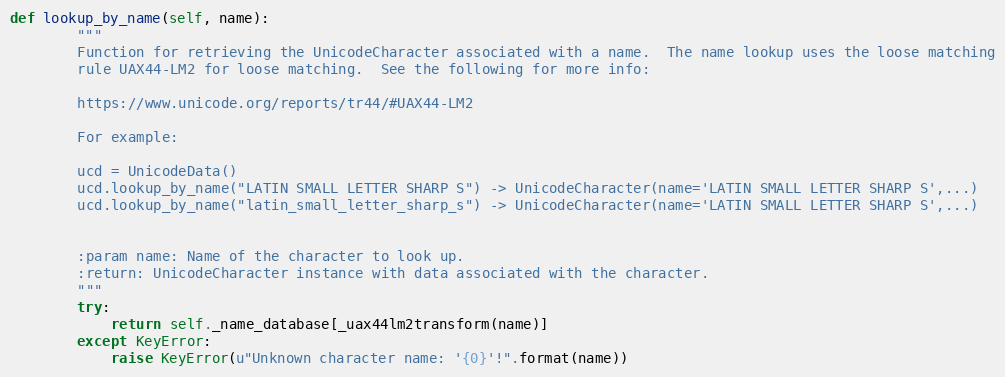
Language: Python
def lookup_by_name(self, name):
        """
        Function for retrieving the UnicodeCharacter associated with a name.  The name lookup uses the loose matching
        rule UAX44-LM2 for loose matching.  See the following for more info:

        https://www.unicode.org/reports/tr44/#UAX44-LM2

        For example:

        ucd = UnicodeData()
        ucd.lookup_by_name("LATIN SMALL LETTER SHARP S") -> UnicodeCharacter(name='LATIN SMALL LETTER SHARP S',...)
        ucd.lookup_by_name("latin_small_letter_sharp_s") -> UnicodeCharacter(name='LATIN SMALL LETTER SHARP S',...)

        :param name: Name of the character to look up.
        :return: UnicodeCharacter instance with data associated with the character.
        """
        try:
            return self._name_database[_uax44lm2transform(name)]
        except KeyError:
            raise KeyError(u"Unknown character name: '{0}'!".format(name))